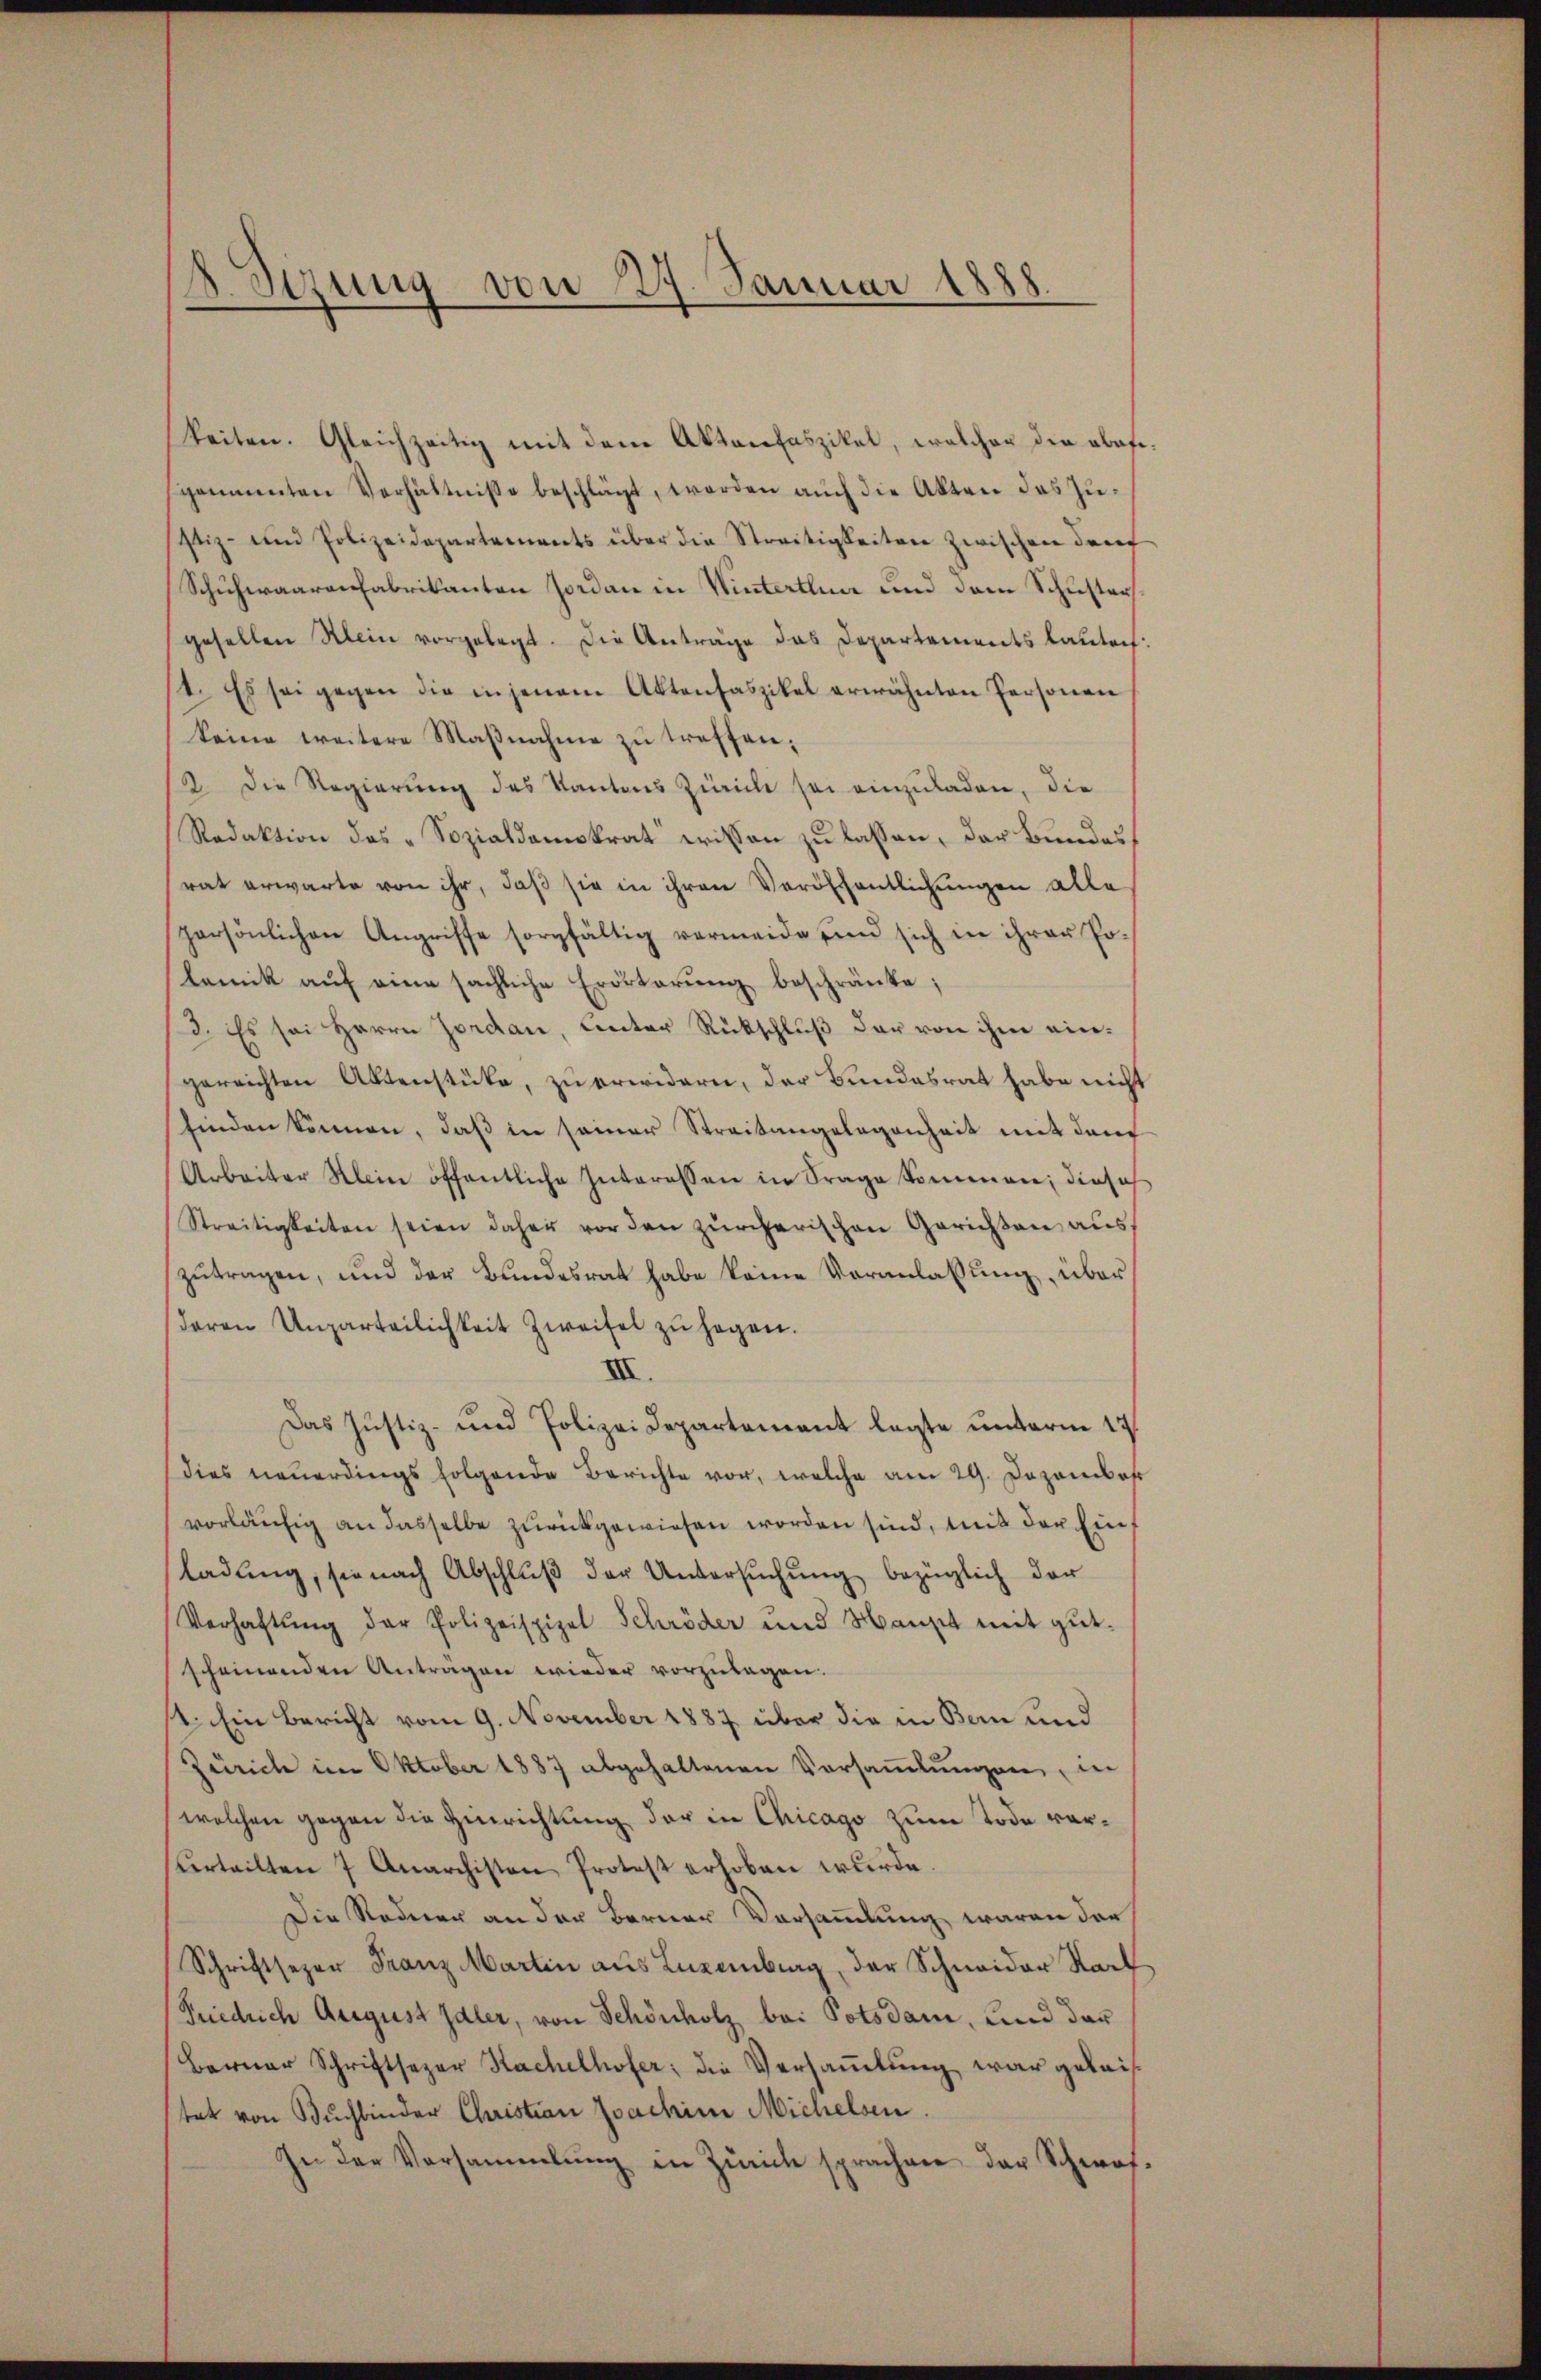
8 Sizung von 27. Januar 1888.

keiten. Gleichzeitig mit dem Aktenfaszikel, welcher die abofispaumenten Verhältnisse beschlägt, werden auch die Akten das Zustiz- und Polizeidepartements über die Streitigkeiten zwischen den
Schuhwaarenfabrikanten Jordan in Winterthur und dem Schusters
gesellen Klein vorgelegt. Die Anträge das Departements lauten:
/4. Es sei gegen die in jenem Aktenhaszikel erwähnten Personen
keine weitere Maßnahme zu treffen;
2. Die Regierung des Kantons Zürich sei einzuladen, die
Redaktion des „Sozialdemokrat wissen zu lassen, der Bundesrat erwarte von ihr, daß sie in ihren Veröffentlichungen alle
persönlichen Angriffe sorgfältig vermeide sind sich in ihrer Po-
lemik aŭf eine sächliche Erörterŭng beschränke;
/3. Es sei Herrn Jordan, unter Rückschluß der von ihm eingereichten Aktenstücke, zu erwidern, der Bundesrat habe nicht
finden können, daß in seiner Streitangelegenheit mit den
Arbeiter Klein öffentliche Interessen in Frage Sommen; diese
Streitigkeiten seien daher vor den zürcherischen Gerichten aus
zŭtragen, und der Bundesrat habe keine Veranlassung, über
deren Unparteilichkeit Zweifel zu hagen.
III.
Das Justiz- und Polizei Departement legte unterm 17.
dies neŭerdings folgende Berichte vor, welche am 29. Dezembe
vorläufig an dasselbe zurückgewiesen worden sind, mit der Einladung, sie nach Abschlŭβ der Untersŭchŭng bezüglich der
Verhaftung der Polizeispiel Schröder und Mansit mit gut.
scheinenden Antragen wieder vorzulagen.
1. Ein Bericht vom 9. November 1887 über die in Bern und
Zürich im Oktober 1887 abgehaltenen Versaṁlŭngen, in
welchen gegen die Hinrichtung der in Chicago zum Tode vor¬
Urteilten 7 Anarchisten Protest erhoben wurde.
Die Roderer an der Berner Vorsammlung waren der
Schriftsezer Franz Martin aus Luxenburg, der Schneider Nach
Friedrich August Galer, von Schönholz bei Potsdam, und das
Berner Schriftseper Sachelhofer; die Versammlung war geleis
tet von Buchbinder Christian Joachim Michelsen.
In der Versammlung in Zürich sprachen der Schwel¬